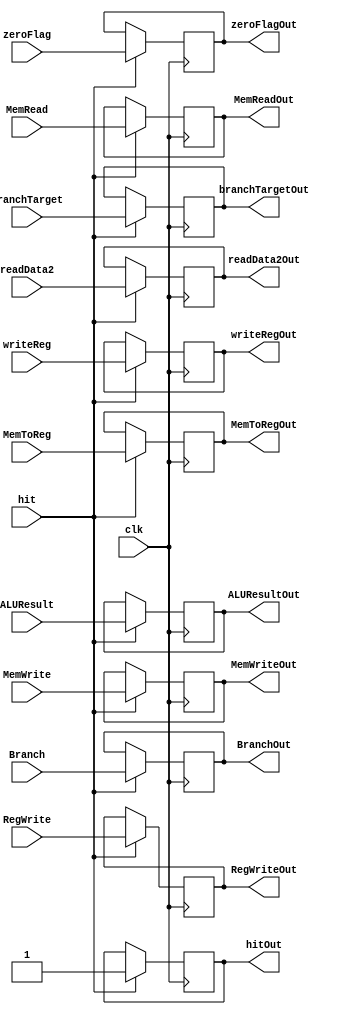
`timescale 1ns / 1ps
//////////////////////////////////////////////////////////////////////////////////
// Company: 
// Engineer: 
// 
// Design Name: 
// Module Name:    exMemReg 
// Project Name: 
// Target Devices: 
// Tool versions: 
// Description: 
//
// Dependencies: 
//
// Revision: 
// Revision 0.01 - File Created
// Additional Comments: 
//
//////////////////////////////////////////////////////////////////////////////////
module exMemReg(
	input clk,input hit , input [31:0]branchTarget,input zeroFlag, input[31:0] ALUResult,
	input[31:0] readData2, 
	input [4:0]writeReg,input MemRead,input MemWrite,input Branch, input RegWrite,input MemToReg,
	output reg [31:0]branchTargetOut,output reg zeroFlagOut,output reg[31:0] ALUResultOut,
	output reg[31:0] readData2Out, 
	output reg[4:0] writeRegOut,output reg MemReadOut, output reg MemWriteOut,output reg BranchOut
	,output reg RegWriteOut, output reg MemToRegOut,output reg hitOut   
	);
initial begin BranchOut = 0; end
always@(negedge clk)
begin 
	if(hit)begin
		branchTargetOut=branchTarget;
		zeroFlagOut=zeroFlag;
		ALUResultOut=ALUResult;
		readData2Out=readData2;
		writeRegOut=writeReg;
		MemReadOut=MemRead;
		MemWriteOut=MemWrite;
		BranchOut=Branch;
		MemToRegOut=MemToReg;
		hitOut=hit;
		RegWriteOut=RegWrite;
	end
end

endmodule